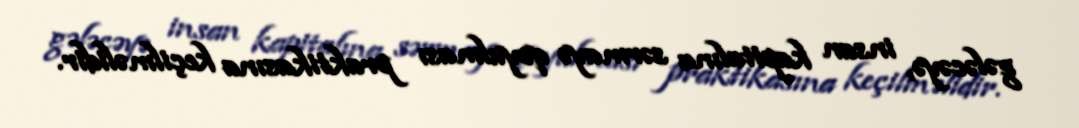
gələcəyə, insan kapitalına sərmayə qoyulması praktikasına keçilməlidir.